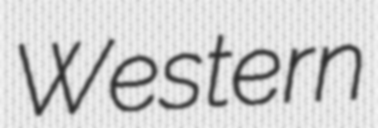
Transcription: Western